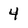
Character: 4